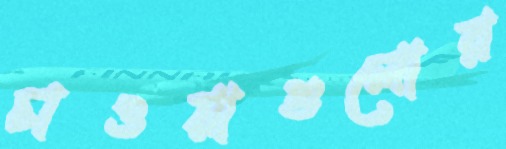
চাওয়াগুলোর